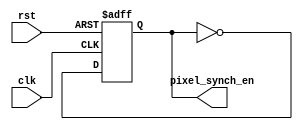
`timescale 1ns / 1ps
//////////////////////////////////////////////////////////////////////////////////
// Company: 	Carleton University
// 
// Design Name:	Pixel Enable Generator
// Module Name:    pixel_enable 
// Project Name: 
// Target Devices: 
// Tool versions: 
// Description: 
//
// Dependencies: 
//
// Revision: 
// Revision 0.01 - File Created
// Additional Comments: 
//
//////////////////////////////////////////////////////////////////////////////////
module pixel_enable(
    input clk,
    input rst,
    output pixel_synch_en
    );
reg counter;

always @(posedge clk or posedge rst) begin
	if (rst) begin
		counter = 0;
	end
else counter = ~counter;
	
end
assign pixel_synch_en = counter;

endmodule